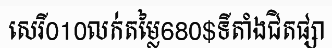
សេរី010លក់តម្លៃ680$ទីតាំងជិតផ្សា